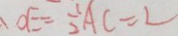
O E = \frac { 1 } { 2 } A C = 2